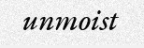
unmoist